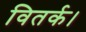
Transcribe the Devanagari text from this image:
वितर्क।